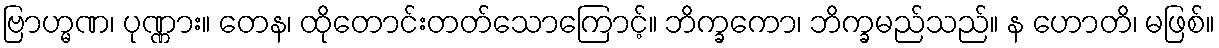
ဗြာဟ္မဏ၊ ပုဏ္ဏား။ တေန၊ ထိုတောင်းတတ်သောကြောင့်။ ဘိက္ခကော၊ ဘိက္ခမည်သည်။ န ဟောတိ၊ မဖြစ်။